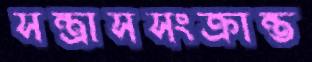
সন্ত্রাসসংক্রান্ত